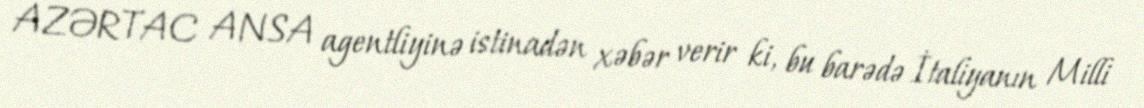
AZƏRTAC ANSA agentliyinə istinadən xəbər verir ki, bu barədə İtaliyanın Milli